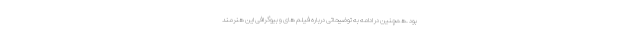
بود .همچنین در ادامه به توضیحاتی درباره فیلم های و بیوگرافی این هنرمند